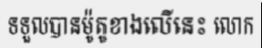
ទទួលបានម៉ូតូខាងលើនេះ លោក